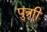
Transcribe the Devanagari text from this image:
पुत्राी